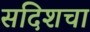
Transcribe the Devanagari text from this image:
सदिशचा